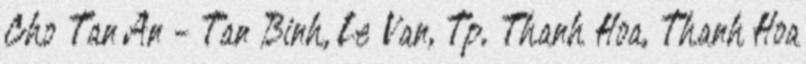
Cho Tan An - Tan Binh, Le Van, Tp. Thanh Hoa, Thanh Hoa